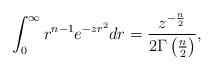
LaTeX: \begin{align*} \int_{0}^{\infty}r^{n-1}e^{-z r^2}dr=\frac{z^{-\frac{n}{2}}}{2\Gamma\left(\frac{n}{2}\right)}, \end{align*}